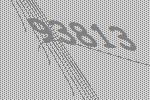
93813